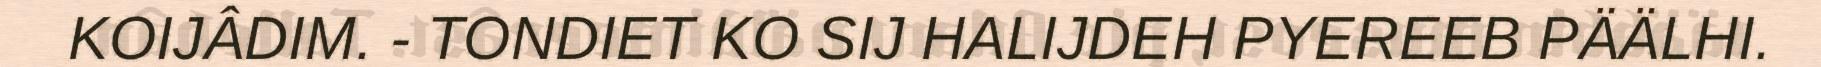
KOIJÂDIM. - TONDIET KO SIJ HALIJDEH PYEREEB PÄÄLHI.